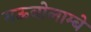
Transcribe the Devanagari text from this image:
गऊबोलाम्बे